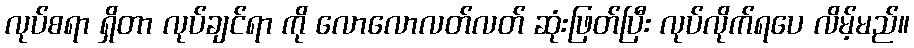
လုပ်စရာ ရှိတာ လုပ်ချင်ရာ ကို လောလောလတ်လတ် ဆုံးဖြတ်ပြီး လုပ်လိုက်ရပေ လိမ့်မည်။